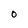
Character: O